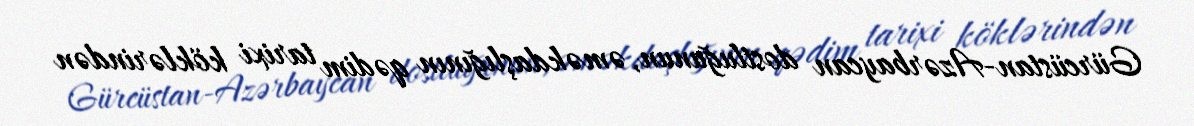
Gürcüstan-Azərbaycan dostluğunun, əməkdaşlığının qədim tarixi köklərindən